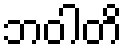
ဘဝါတိ